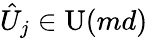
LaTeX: \hat{U}_{j}\in\operatorname{U}(md)